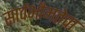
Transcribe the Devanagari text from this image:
सार्वभौमतेचा